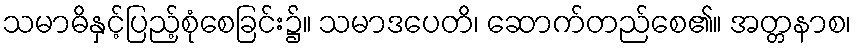
သမာဓိနှင့်ပြည့်စုံစေခြင်း၌။ သမာဒပေတိ၊ ဆောက်တည်စေ၏။ အတ္တနာစ၊